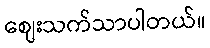
ဈေးသက်သာပါတယ်။